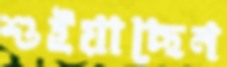
শুইয়াছেন